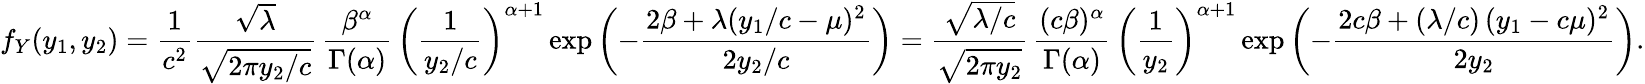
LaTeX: f_{Y}(y_{1},y_{2})={\frac{1}{c^{2}}}{\frac{\sqrt{\lambda}}{\sqrt{2\pi y_{2}/c}}}\, {\frac{\beta^{\alpha}}{\Gamma(\alpha)}}\, \left({\frac{1}{y_{2}/c}}\right)^{\alpha+1}\exp\left(-{\frac{2\beta+\lambda(y_{1}/c-\mu)^{2}}{2y_{2}/c}}\right)={\frac{\sqrt{\lambda/c}}{\sqrt{2\pi y_{2}}}}\, {\frac{(c\beta)^{\alpha}}{\Gamma(\alpha)}}\, \left({\frac{1}{y_{2}}}\right)^{\alpha+1}\exp\left(-{\frac{2c\beta+(\lambda/c)\, (y_{1}-c\mu)^{2}}{2y_{2}}}\right).